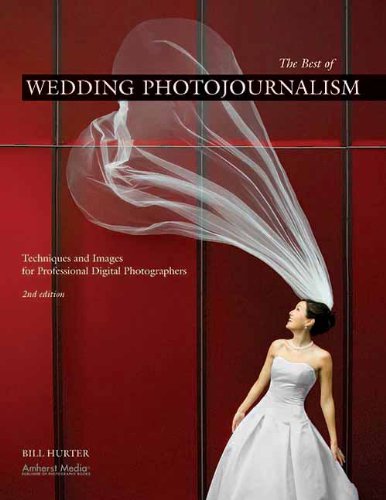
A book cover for The Best of Wedding Photojournalism: Techniques and Images for Professional Digital Photographers; Bill Hurter; Crafts, Hobbies & Home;